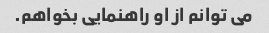
می توانم از او راهنمایی بخواهم.